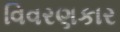
વિવરણકાર